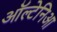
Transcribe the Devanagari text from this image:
ऑल्टेनिआ